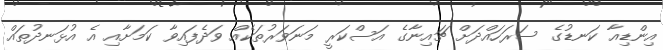
އިންޑިއާ ކަނޑުގެ ސަރަހައްދަށް ޗައިނާގެ އަސްކަރީ މަނަވަރުތަކެއް ވަދެފައިވާ ކަމަށާއި އެ އުޅަނދުތައް